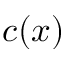
c ( x )